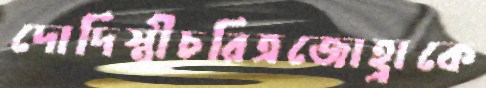
দোদিস্ত্রীচরিত্রজোহ্রাকে